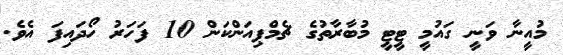
މުއީނާ ވަނީ ގައުމީ ޓީޓީ މުބާރާތުގެ ޗެމްޕިއަންކަން 10 ފަހަރު ހޯދައިފަ އެވެ.